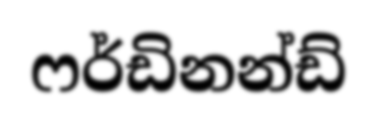
ෆර්ඩිනන්ඩ්